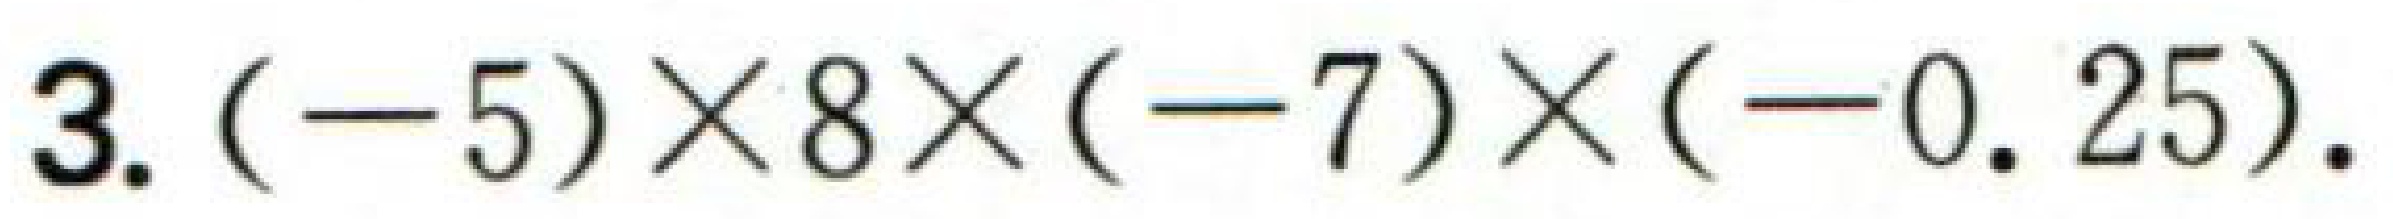
\(3.(-5)\times8\times(-7)\times(-0.25).\)